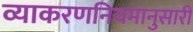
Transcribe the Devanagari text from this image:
व्याकरणनियमानुसारी